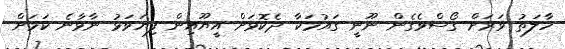
ހާލަތު ވަރަށް ގޯސްވެގެން ނޫނީ ގައުމަކާ ދެކޮޅަށް އީޔޫއިން ފިޔަވަޅު ނާޅާނެ ކަމަށް